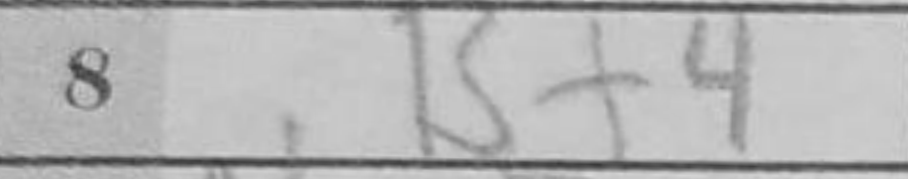
Transcription: Bf4